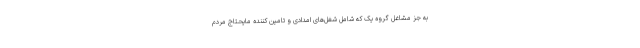
به جز مشاغل گروه یک که شامل شغل‌های امدادی و تامین کننده مایحتاج مردم